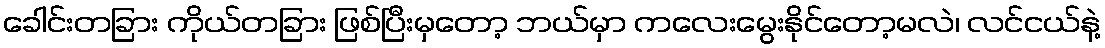
ခေါင်းတခြား ကိုယ်တခြား ဖြစ်ပြီးမှတော့ ဘယ်မှာ ကလေးမွေးနိုင်တော့မလဲ၊ လင်ငယ်နဲ့